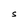
Character: S